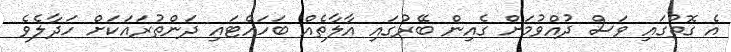
އެ ގޮތުގައި ވަސް ދުއްވުމަށް ގެއިން ބޭރުގައި އާލާތެއް ބަހައްޓައި ދަންތުރައަކަށް ހަދާލެވެ